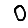
Digit: 0